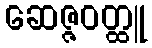
ဆေဇ္ဇဝတ္ထူ